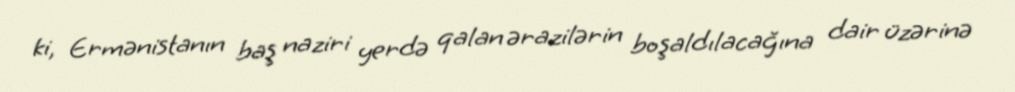
ki, Ermənistanın baş naziri yerdə qalan ərazilərin boşaldılacağına dair üzərinə